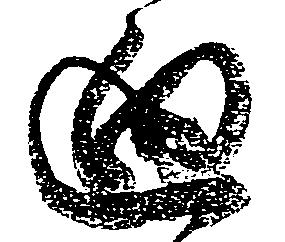
廻